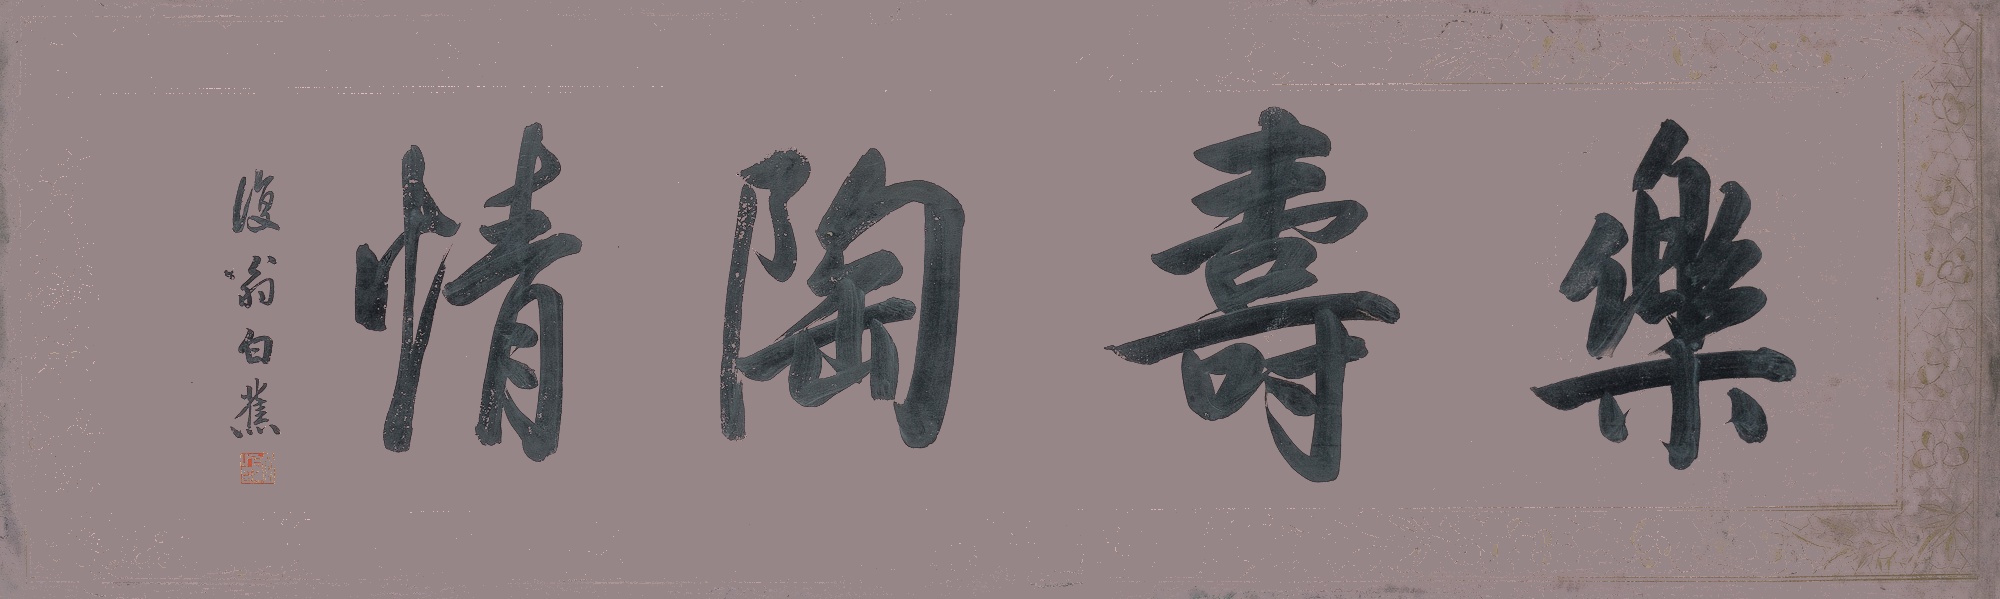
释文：乐寿陶情复翁白蕉。